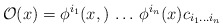
\begin{align*}{\cal O}(x) = \phi^{i_1} (x, ) \, \dots \, \phi^{i_n}(x) c_{i_1 \dots i_n}\end{align*}